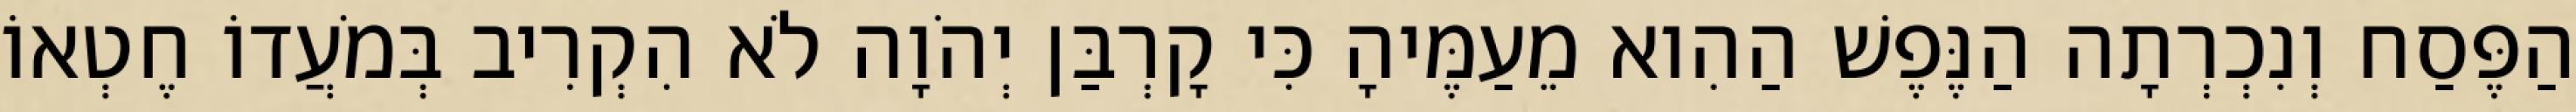
הַפֶּסַח וְנִכְרְתָה הַנֶּפֶשׁ הַהִוא מֵעַמֶּיהָ כִּי קָרְבַּן יְהֹוָה לֹא הִקְרִיב בְּמֹעֲדוֹ חֶטְאוֹ